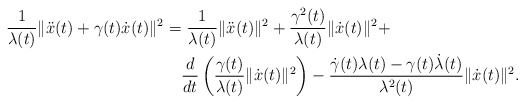
\begin{align*} \frac{1}{\lambda(t)}\|\ddot x(t)+\gamma(t)\dot x(t)\|^2 = & \ \frac{1}{\lambda(t)}\|\ddot x(t)\|^2+\frac{\gamma^2(t)}{\lambda(t)}\|\dot x(t)\|^2+\\&\frac{d}{dt}\left(\frac{\gamma(t)}{\lambda(t)}\|\dot x(t)\|^2\right)-\frac{\dot \gamma(t)\lambda(t)-\gamma(t)\dot\lambda(t)}{\lambda^2(t)}\|\dot x(t)\|^2.\end{align*}